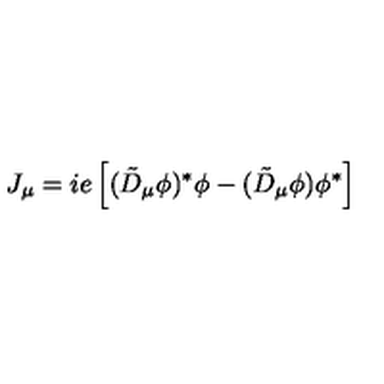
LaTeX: J _ { \mu } = i e \left[ ( \tilde { D } _ { \mu } \phi ) ^ { * } \phi - ( \tilde { D } _ { \mu } \phi ) \phi ^ { * } \right]